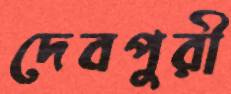
দেবপুরী